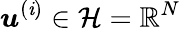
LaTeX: \boldsymbol{u}^{(\mathit{i})}\in\mathcal{{H}}=\mathbb{{R}}^{N}